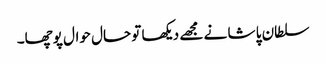
سلطان پا شا نے مجھے دیکھا تو حال حوال پوچھا۔